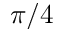
\pi / 4